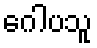
ဂေါပသူ